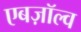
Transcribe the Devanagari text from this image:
एबज़ॉल्व